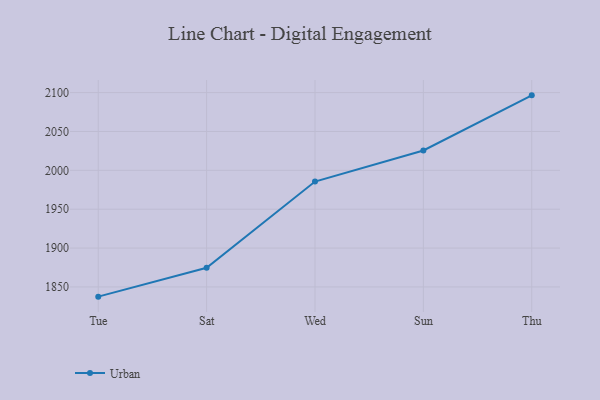
{"axis": {"x": "Day", "y": "Net Income (USD K)"}, "legend": ["Urban"], "data": [{"x": "Tue", "y": 1837.5, "type": "Urban"}, {"x": "Sat", "y": 1874.6, "type": "Urban"}, {"x": "Wed", "y": 1985.6, "type": "Urban"}, {"x": "Sun", "y": 2025.6, "type": "Urban"}, {"x": "Thu", "y": 2096.5, "type": "Urban"}]}